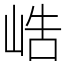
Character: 峼